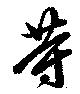
等